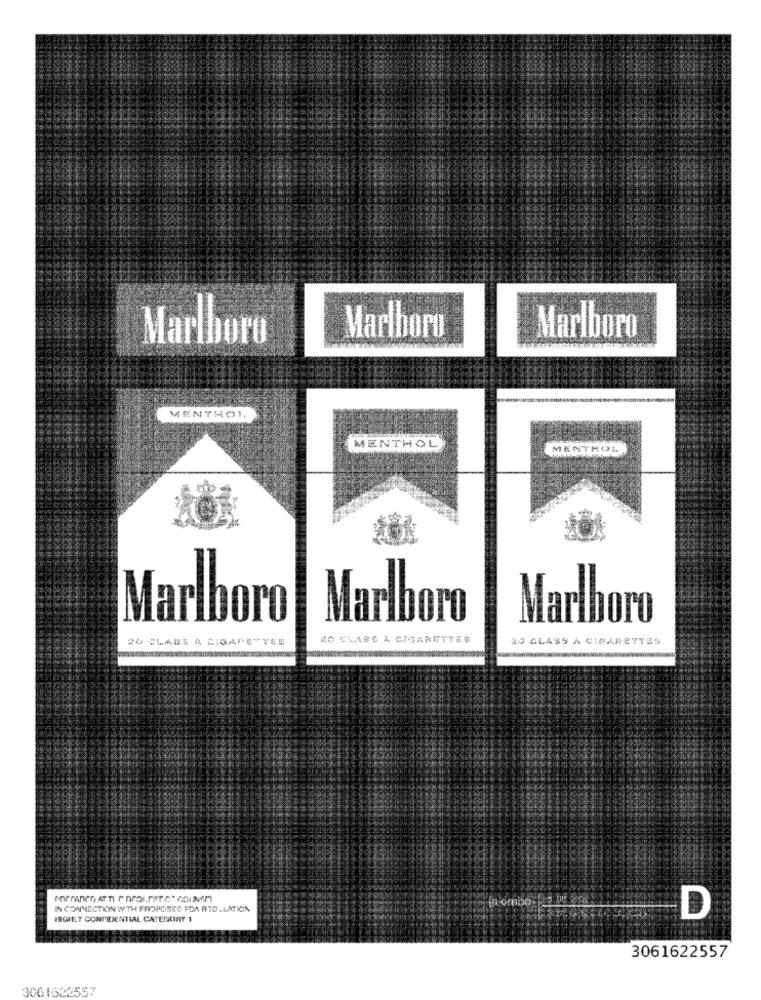
Marlboro
Marlboro
Marlboro
MENTHOL
MENTHOL
MENTHOL
Marlboro
Marlboro
Marlboro
20 CLAES A CIGARETTES
RO GLASS A CIGARETTES
IN CONNECTIONWTH PROPOSED FDA REGULATION
ISCHLY CONFIDENTIAL CATEGORY 1
D
3061622557
3061622557